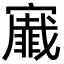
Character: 𭔡